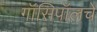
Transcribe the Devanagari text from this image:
गॉसिपॉलचे